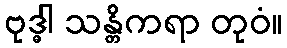
ဗုဒ္ဓါ သန္တိကရာ တုဝံ။